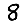
Digit: 8